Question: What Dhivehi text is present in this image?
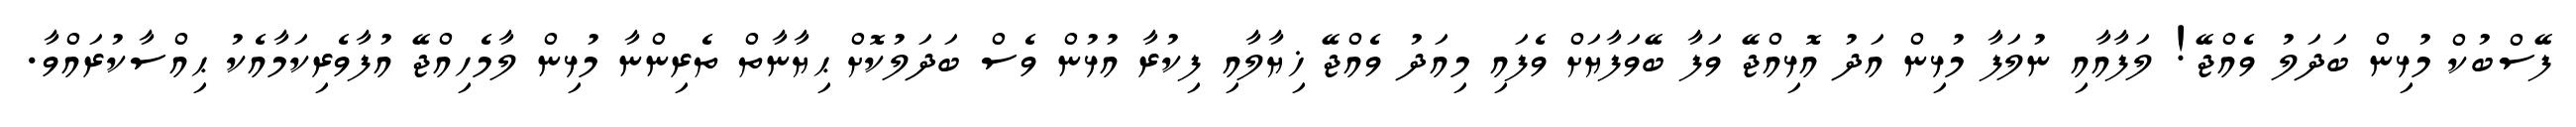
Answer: ފޭސްބުކް މުޅިން ބަދަލު ވެއްޖޭ! ލަފާއާއި ނުލަފާ މުޅިން އަދު އޮޅިއްޖޭ ވަފާ ބޭވަފާޔަށް ވެފައި މިއަދު ވެއްޖޭ ޚިޔާލާއި ފިކުރާ އުޅުން ވެސް ބަދަލުކޮށް ޙިޔާނާތް ތެރިންނާ މުޅިން ލާމެހިއްޖޭ އުފާވެރިކަމާއެކު ޙިއްސާކުރައްވާ.